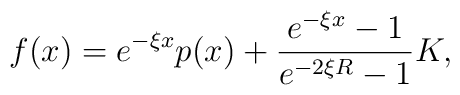
f(x) = e^{-\xi x}p(x) + \frac{e^{-\xi x}-1}{e^{-2\xi R}-1}K,